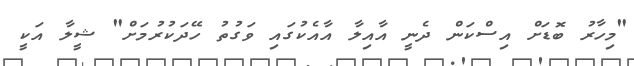
"މިހާރު ބޮޑަށް އިސްކަން ދެނީ އާއިލާ އާއެކުގައި ވަގުތު ހޭދަކުރުމަށް" ޝީލާ އަކީ